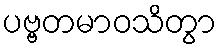
ပဗ္ဗတမာဝသိတွာ